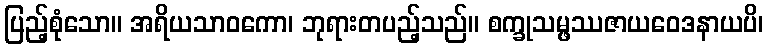
ပြည့်စုံသော။ အရိယသာဝကော၊ ဘုရားတပည့်သည်။ စက္ခုသမ္ဖဿဇာယဝေဒနာယပိ၊